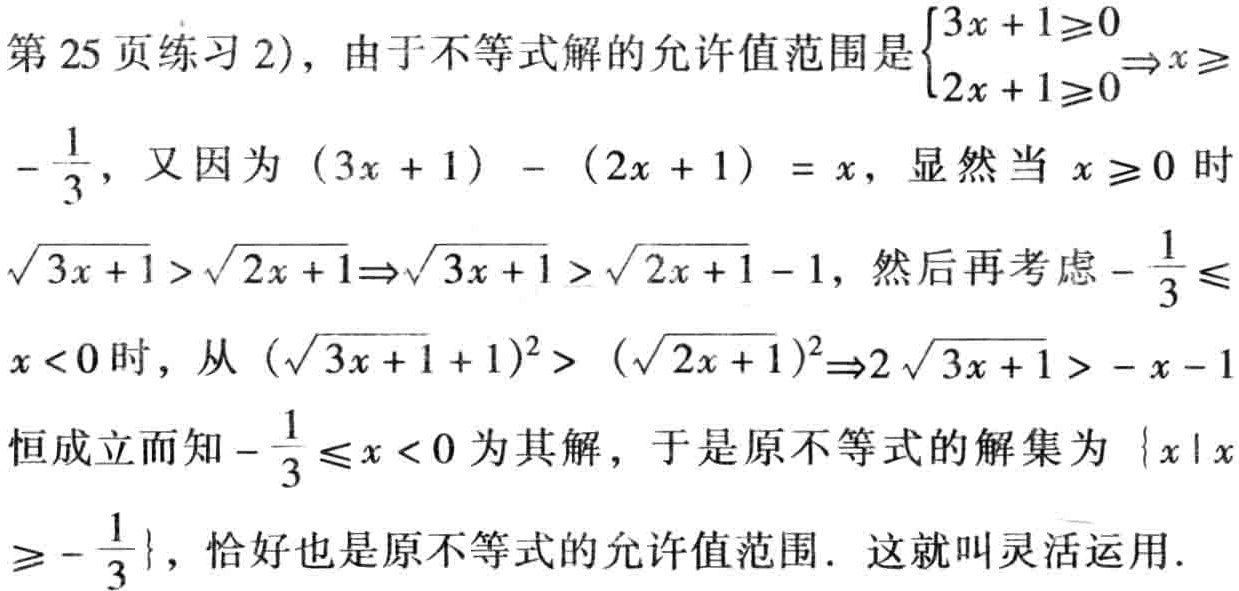
第 25 页练习 2)，由于不等式解的允许值范围是$\begin{cases}3x + 1\geq0 \\ 2x + 1\geq0\end{cases}\Rightarrow x\geq-\frac{1}{3}$，又因为$(3x + 1)-(2x + 1)=x$，显然当$x\geq0$时$\sqrt{3x + 1}>\sqrt{2x + 1}\Rightarrow\sqrt{3x + 1}>\sqrt{2x + 1}-1$，然后再考虑$-\frac{1}{3}\leq x<0$时，从$(\sqrt{3x + 1}+1)^2>(\sqrt{2x + 1})^2\Rightarrow2\sqrt{3x + 1}>-x - 1$恒成立而知$-\frac{1}{3}\leq x<0$为其解，于是原不等式的解集为$\{x|x\geq-\frac{1}{3}\}$，恰好也是原不等式的允许值范围. 这就叫灵活运用.